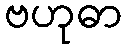
ဗဟုဓာ